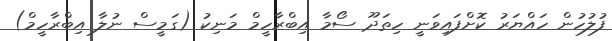
ފުލުހުން ހައްޔަރު ކޮށްފައިވަނީ ހިތަދޫ ސޯމާ އިބްރާހީމް މަނިކު (ގަމީސް ނުލާ އިބްރާހީމް)